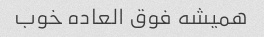
همیشه فوق العاده خوب